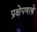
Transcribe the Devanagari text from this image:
प्रक्षेपणास्त्रे